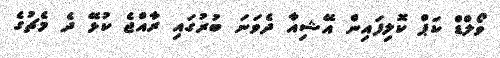
ވޯލްޑް ކަޕް ކޮލިފައިން އޭޝިއާ ދެވަނަ ބުރުގައި ރާއްޖެ ކުޅޭ ދެ މެޗުގެ